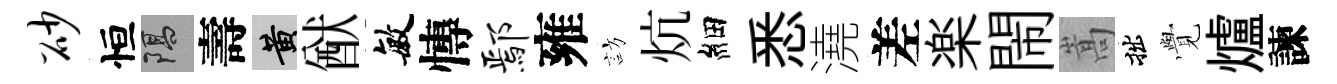
砂恒隔壽黄猷敏慱鄢雍訪炕細悉澆差楽閙嵩拙𮗜爐諫